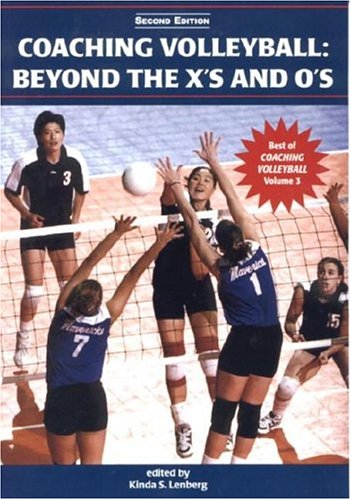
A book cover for Coaching Volleyball: Beyond the X's And O's (Best of Coaching Volleyball); Kinda S. Lenberg; Sports & Outdoors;